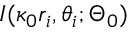
I ( \kappa _ { 0 } r _ { i } , \theta _ { i } ; \Theta _ { 0 } )